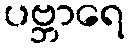
ပဗ္ဘာရေ